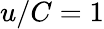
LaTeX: u/C=1